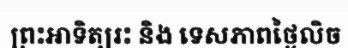
ព្រះអាទិត្យរះ និង ទេសភាពថ្ងៃលិច